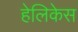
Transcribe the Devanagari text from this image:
हेलिकेस